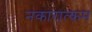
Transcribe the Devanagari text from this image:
नकारात्‍कम